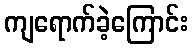
ကျရောက်ခဲ့ကြောင်း